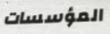
المؤسسات